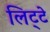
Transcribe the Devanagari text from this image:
लिट्‍टे